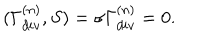
( \Gamma _ { d i v } ^ { ( n ) } , S ) = \sigma \Gamma _ { d i v } ^ { ( n ) } = 0 .